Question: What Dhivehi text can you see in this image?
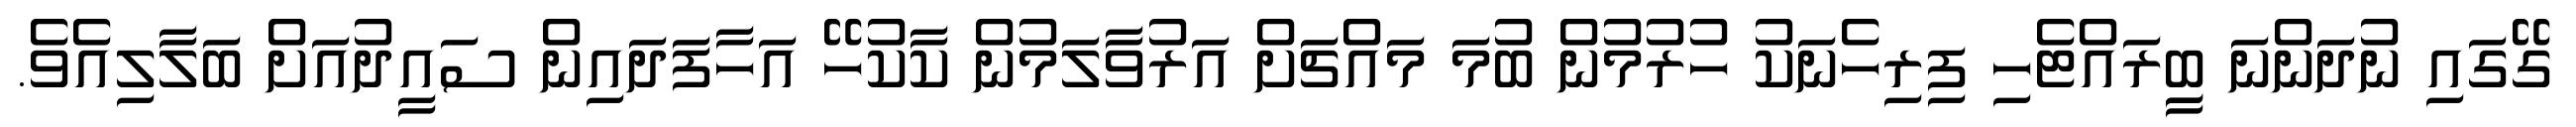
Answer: ގޭގައި ނުދަންނަ ބީިރައްޓެހި ފިރިހެނަކު ހުރުމުން ބުމަ މައްޗަށް އަރުވާލަމުން ކާކުހޭ އަހާފަދައިން ސައީދުއަށް ބަލާލިއެވެ.